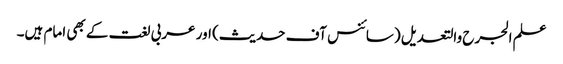
علم الجرح والتعدیل (سائنس آف حدیث) اور عربی لغت کے بھی امام ہیں۔